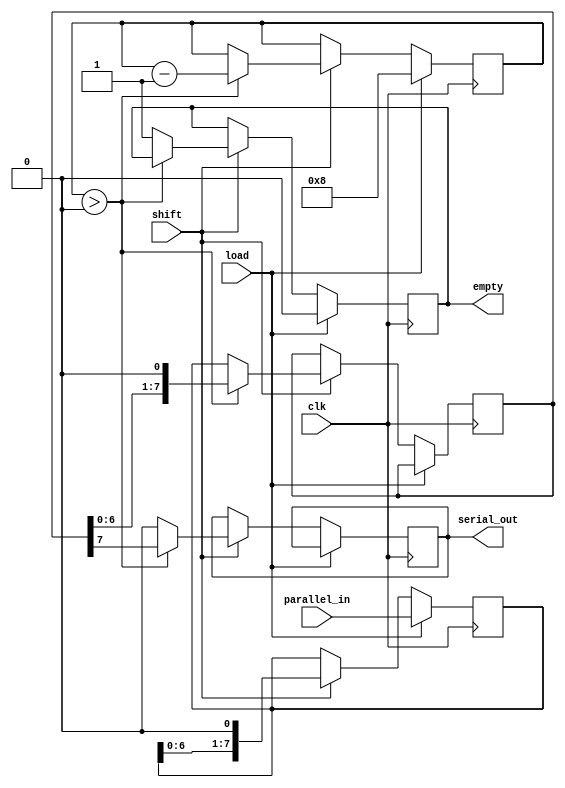
module PISO_Register #(
    parameter WIDTH = 8  // Parameter for the width of the PISO register
)(
    input wire clk,       // Clock signal
    input wire load,      // Load signal
    input wire shift,     // Shift signal
    input wire [WIDTH-1:0] parallel_in, // Parallel input data
    output reg serial_out, // Serial output
    output reg empty       // Indicates when the register is empty
);

    reg [WIDTH-1:0] stage1; // First storage register
    reg [WIDTH-1:0] stage2; // Second storage register
    reg [3:0] bit_count;    // Counter for the number of bits shifted out

    // Sequential logic for loading data and shifting
    always @(posedge clk) begin
        if (load) begin
            stage1 <= parallel_in; // Load data into Stage 1
            bit_count <= WIDTH;     // Reset bit count to the width of the register
            empty <= 0;             // Set empty to false as we have data
        end else if (shift) begin
            // Shift data from Stage 1 to Stage 2
            stage2 <= stage1;
            stage1 <= {stage1[WIDTH-2:0], 1'b0}; // Shift left in Stage 1

            // Shift out data from Stage 2
            if (bit_count > 0) begin
                serial_out <= stage2[WIDTH-1]; // Output the MSB of Stage 2
                stage2 <= {stage2[WIDTH-2:0], 1'b0}; // Shift left in Stage 2
                bit_count <= bit_count - 1; // Decrement the bit count
            end else begin
                serial_out <= 1'b0; // If no bits left to shift, output 0
                empty <= 1; // Set empty to true when no data is left
            end
        end
    end

endmodule